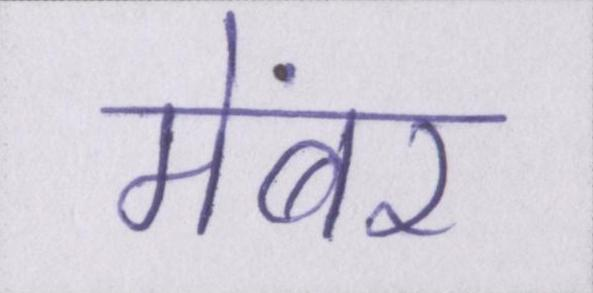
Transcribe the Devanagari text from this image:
मेंबर